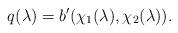
LaTeX: \begin{align*} q(\lambda)=b'(\chi_1(\lambda),\chi_2(\lambda)).\end{align*}